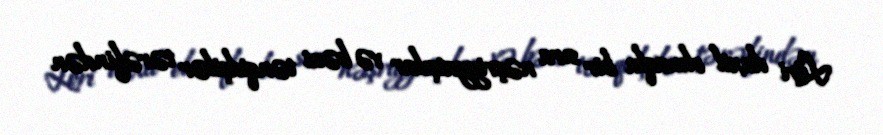
Löri daxil olmaqla bir sıra nəşriyyatçılar və bəzi tənqidçilər tərəfindən